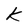
Character: k